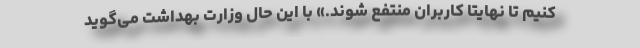
کنیم تا نهایتاً کاربران منتفع شوند.» با این حال وزارت بهداشت می‌گوید